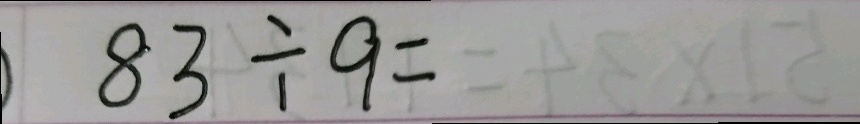
8 3 \div 9 =